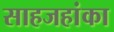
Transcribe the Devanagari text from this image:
साहजहांका